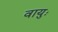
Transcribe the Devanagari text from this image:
वायुः